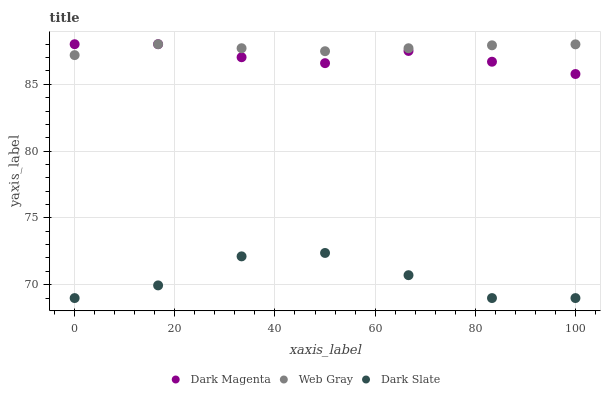
| xaxis_label | Dark Magenta | Web Gray | Dark Slate |
 | --- | --- | --- | --- |
 | 0 | 88 | 87.2 | 69 |
 | 16.7 | 88 | 88 | 69.9 |
 | 33.3 | 87 | 87.7 | 72.1 |
 | 50 | 86.6 | 87.5 | 72.4 |
 | 66.7 | 87.5 | 87.7 | 70.7 |
 | 83.3 | 86.7 | 87.9 | 69 |
 | 100 | 85.8 | 88 | 69 |